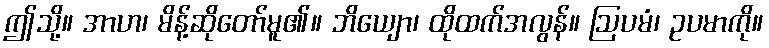
ဤသို့။ အာဟ၊ မိန့်ဆိုတော်မူ၏။ ဘိယျော၊ ထိုထက်အလွန်။ ဩပမံ၊ ဥပမာကို။